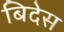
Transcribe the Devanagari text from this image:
बिदेस